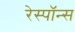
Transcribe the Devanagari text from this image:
रेस्पाॅन्स